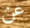
عن